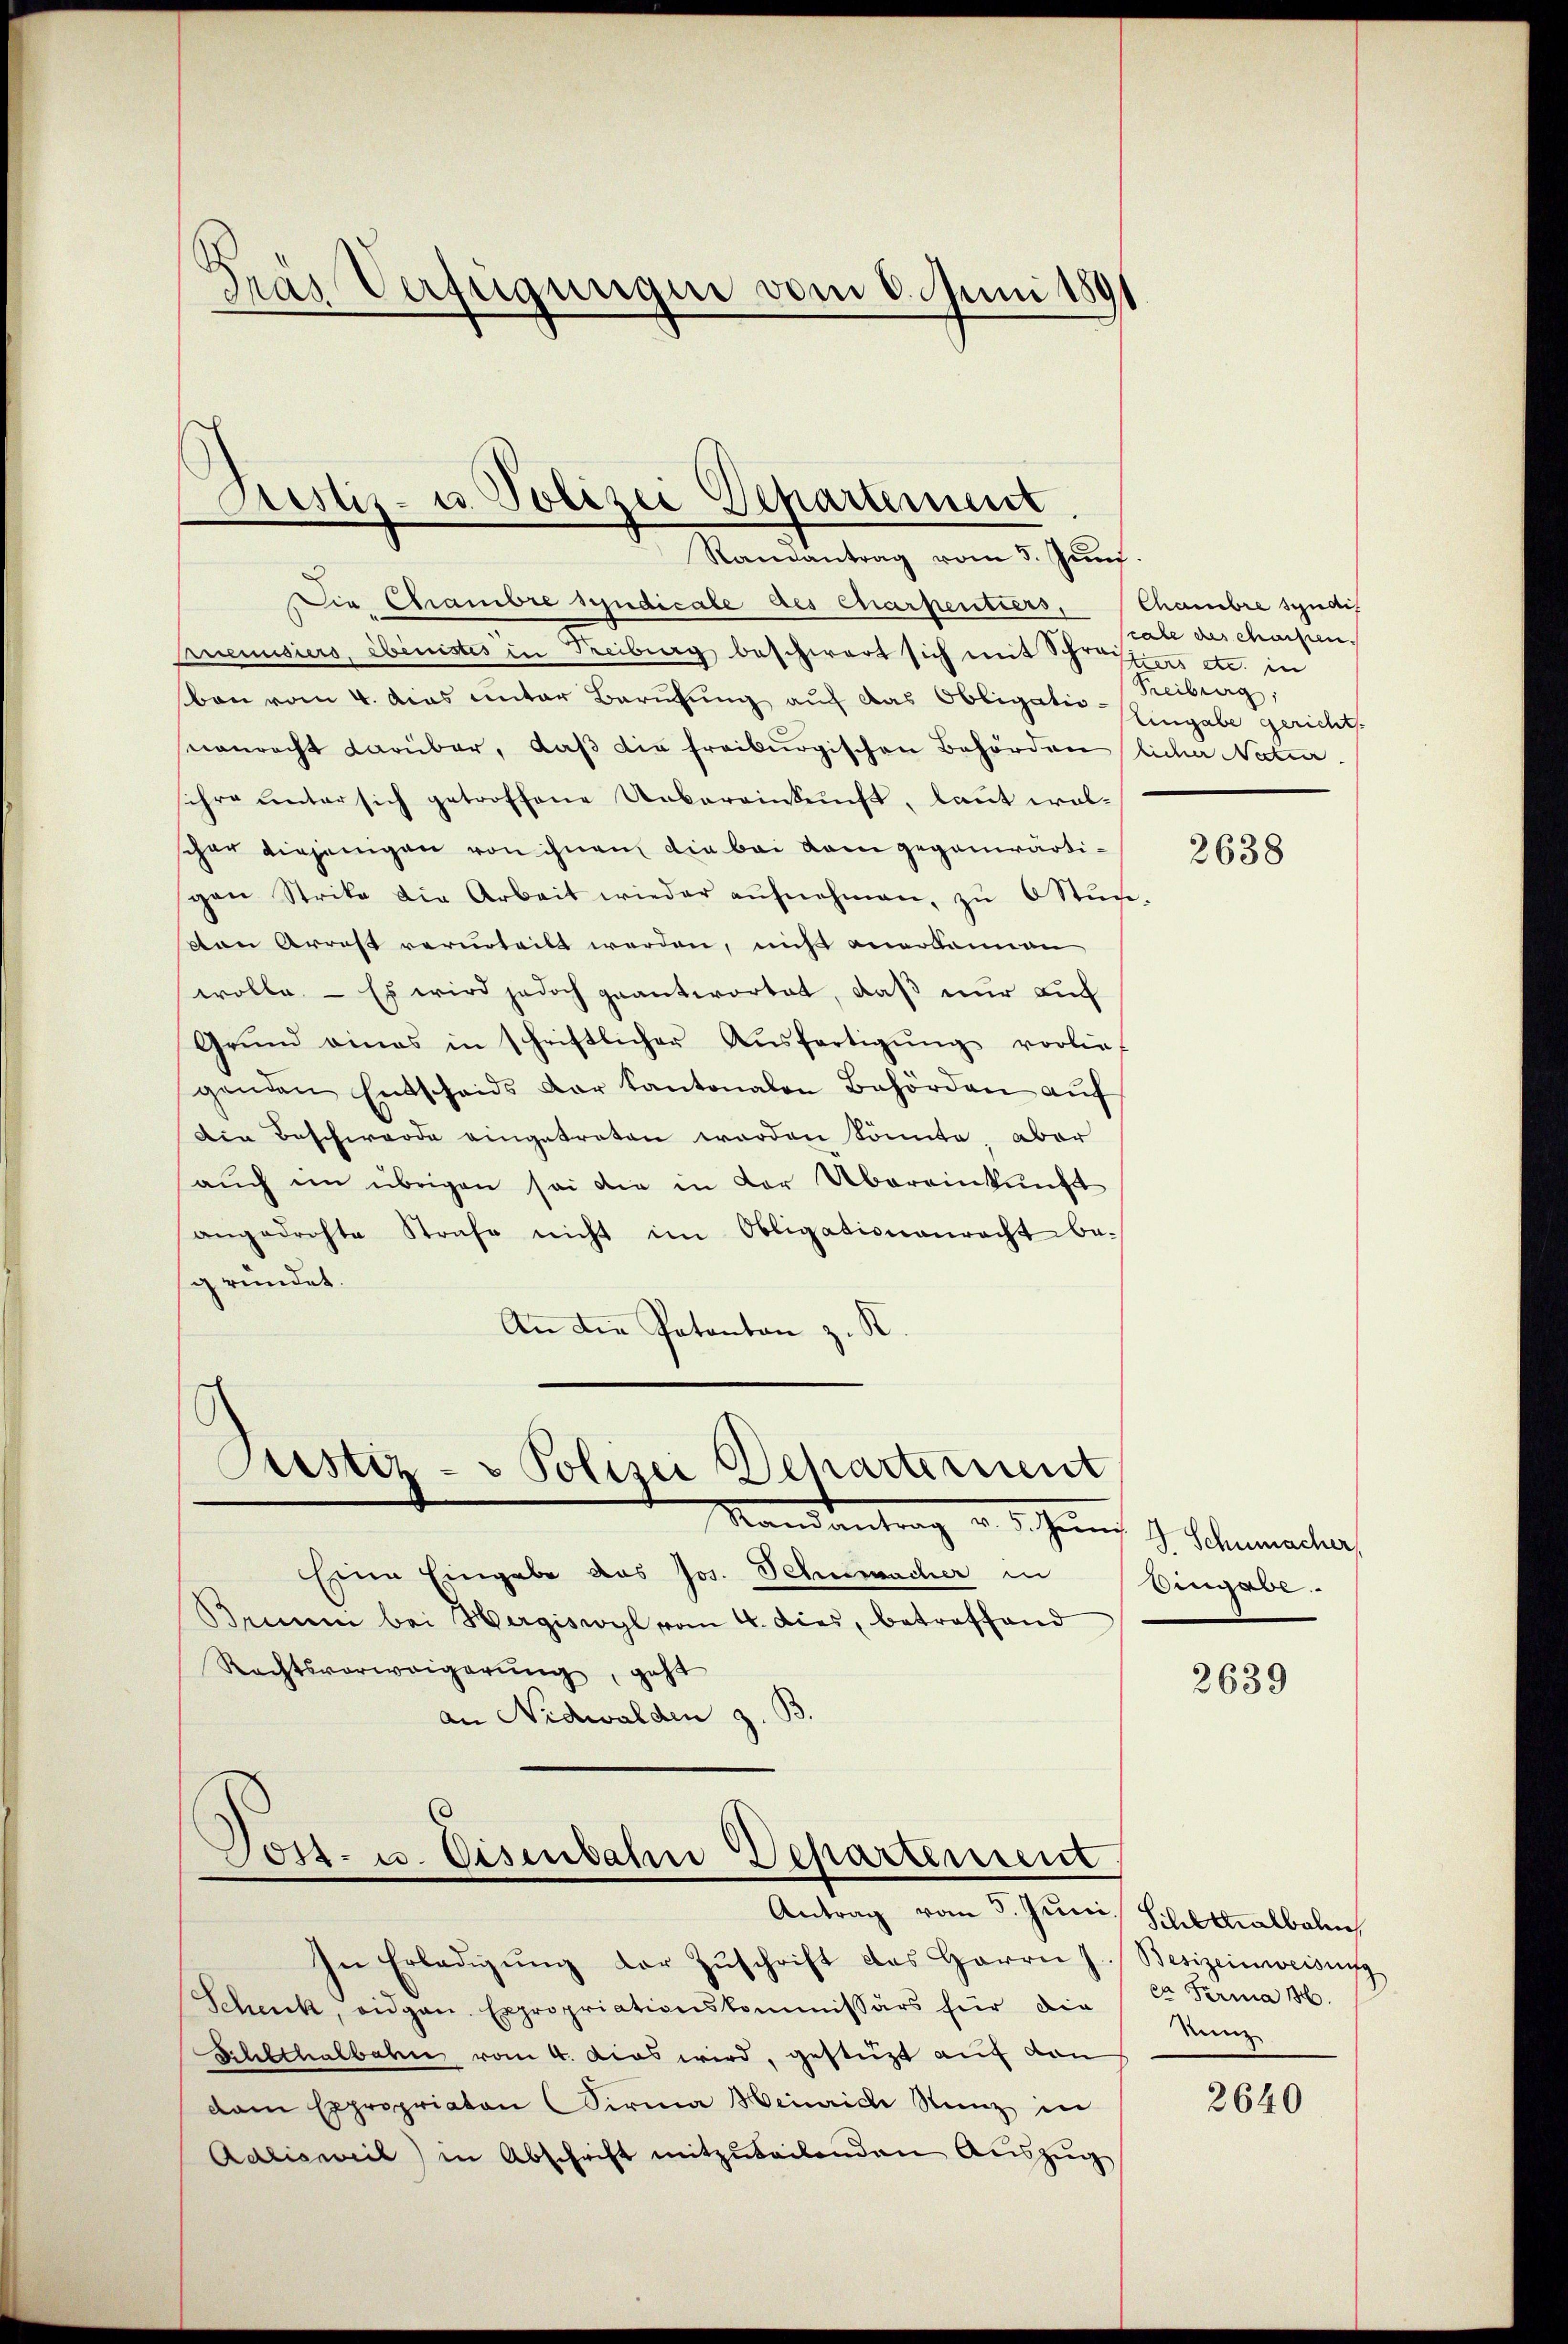
dras Verfügungen vom 6. Juni 180

Fristiz- u. Polizei Departement
Ramantrag vom 5. Juni.

Die Chambre syndicale des Charpentiers, Chambre syndif
Prenisiers, ebenistes in Treiburg beschwert sich mit Schreizes etc. in
ben vom 4. Das unter Berufung auf das Obligationonrecht darüber, daβ die freiburgischen Behörden licher Natur
sihre unter sich getroffene Uebereinkunft, laut walschon diejenigen von ihnen die bei kam gegenwärtipen Strike die Arbeit wieder aŭfnehmen, zŭ 6 Stŭn-
tten Arrest verurteilt werden, nicht anerkennen
wolle. - Es wird jedoch geantwortet, daß nur auch
Grŭnd eines in schriftlicher Aŭsfertigŭng vorlief
genden Entscheids der Kantonalen Behörden auf
Den Beschwerde eingetreten worden könnte, aber
auch im übrigen sei die in der Übereinkunft
angedrohte Strafe nicht im Obligationenrecht begründet.
An die Patanton z. R.

Pustiz- & Polizei Scharternent

Mandantrag v. 5. Juni d. Schumachen,
Eine Eingabe das Jos. Schumacher in
Brinen bei Hergiswyl vom 4. dies, betreffend
Rechtsverweigerŭng, geht
an Nidwalden z. B.

Post- u. Eisenbahn Departement
Antrag vom 5. Juni, Schokalbel

In Erledigŭng der Zŭschrift des Herrn J. Besizeinweisung
Schenk, eidgen. Expropriationskommissärs für die
Schlthalbahn vom 4. das wird, gestützt auf den
dam Expropriaton Sirma Heinrich Stenz in
Adlisweil) in Abschrift mitzuteilenden Auszug

scale des charfen.
aueng
Eingabe gericht.

2638

Eingabe.

2639

ex Firma 16.
den

2640